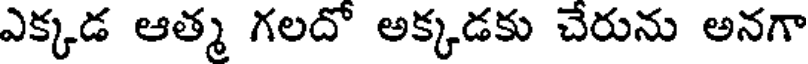
ఎక్కడ ఆత్మ గలదో అక్కడకు చేరును అనగా